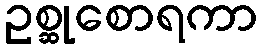
ဥစ္ဆုစောရကာ